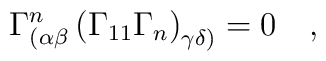
\Gamma _{(\alpha \beta }^n\left( \Gamma _{11}\Gamma _n\right)_{\gamma \delta )}=0\quad ,